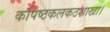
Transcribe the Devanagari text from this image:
कपिष्ठकलकठशाखा।